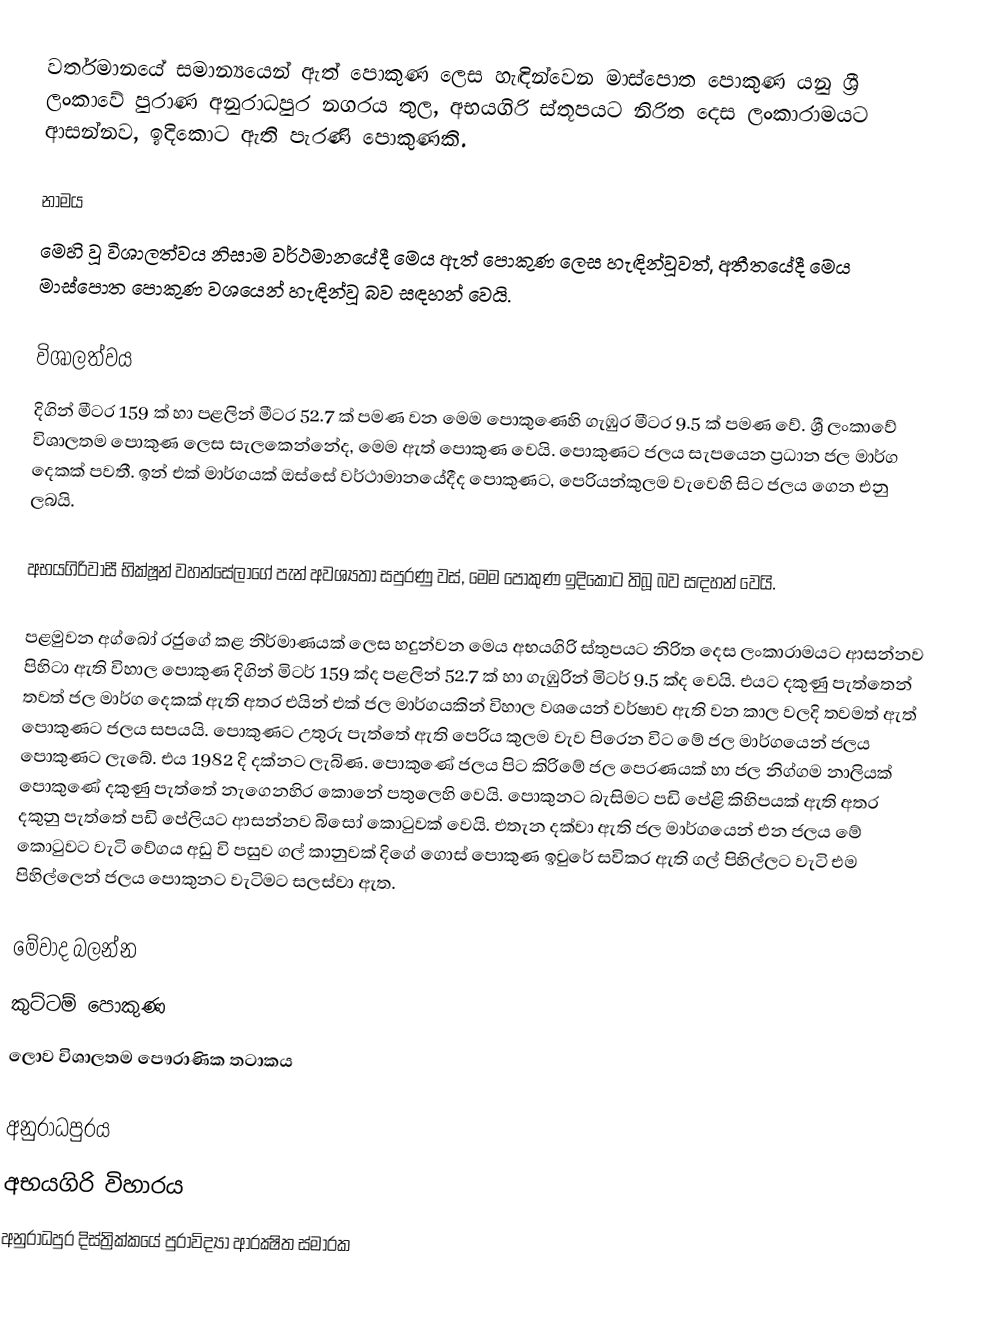
වර්තමානයේ සමාන්‍යයෙන් ඇත් පොකුණ ලෙස හැඳින්වෙන මාස්පොත පොකුණ යනු ශ්‍රී ලංකාවේ පුරාණ අනුරාධපුර නගරය තුල, අභයගිරි ස්තූපයට නිරිත දෙස ලංකා‍රාමයට ආසන්නව, ඉදිකොට ඇති පැරණි පොකුණකි.

නාමය
මෙහි වූ විශාලත්වය නිසාම වර්ථමානයේදී මෙය ඇත් පොකුණ ලෙස හැඳින්වූවත්, අතීතයේදී මෙය මාස්පොත පොකුණ වශයෙන් හැඳින්වූ බව සඳහන් වෙයි.

විශාලත්වය
දිගින් මීටර 159 ක් හා පළලින් මීටර 52.7 ක් පමණ වන මෙම පොකුණෙහි ගැඹුර මීටර 9.5 ක් පමණ වේ. ශ්‍රී ලංකාවේ විශාලතම පොකුණ ලෙස සැලකෙන්නේද, මෙම ඇත් පොකුණ වෙයි. පොකුණට ජලය සැපයෙන ප්‍රධාන ජල මාර්ග දෙකක් පවතී. ඉන් එක් මාර්ගයක් ඔස්සේ වර්ථාමානයේදීද පොකුණට, පෙරියන්කුලම වැවෙහි සිට ජලය ගෙන එනු ලබයි.

අභයගිරිවාසී භික්ෂූන් වහන්සේලාගේ පැන් අවශ්‍යතා සපුරණු වස්, මෙම පොකුණ ඉදිකොට තිබූ බව සඳහන් වෙයි.

පළමුවන අග්බෝ රජුගේ කළ නිර්මාණයක් ලෙස හදුන්වන මෙය අභයගිරි ස්තුපයට නිරිත දෙස ලංකාරාමයට ආසන්නව පිහිටා ඇති විහාල පොකුණ දිගින් මිටර් 159 ක්ද පළලින් 52.7 ක් හා ගැඹුරින් මිටර් 9.5 ක්ද වෙයි. එයට දකුණු පැත්තෙන් තවත් ජල මාර්ග දෙකක් ඇති අතර එයින් එක් ජල මාර්ගයකින් විහාල වශයෙන් වර්ෂාව ඇති වන කාල වලදි තවමත් ඇත් පොකුණට ජලය සපයයි. පොකුණට උතුරු පැත්තේ ඇති පෙරිය කුලම වැව පිරෙන විට මේ ජල මාර්ගයෙන් ජලය පොකුණට ලැබේ. එය 1982 දි දක්නට ලැබිණ. පොකුණේ ජලය පිට කිරිමේ ජල පෙරණයක් හා ජල නිග්ගම නාලියක් පොකුණේ දකුණු පැත්තේ නැගෙනහිර කොනේ පතුලෙහි වෙයි. පොකුනට බැසිමට පඩි පේළි කිහිපයක් ඇති අතර දකුනු පැත්තේ පඩි පේලියට ආසන්නව බිසෝ කොටුවක් වෙයි. එතැන දක්වා ඇති ජල මාර්ගයෙන් එන ජලය මේ කොටුවට වැටි වේගය අඩු වි පසුව ගල් කානුවක් දිගේ ගොස් පොකුණ ඉවුරේ සවිකර ඇති ගල් පිහිල්ලට වැටි එම පිහිල්ලෙන් ජලය පොකුනට වැටිමට සලස්වා ඇත.

මේවාද බලන්න
 කුට්ටම් පොකුණ
 ලොව විශාලතම පෞරාණික තටාකය

අනුරාධපුරය
අභයගිරි විහාරය
අනුරාධපුර දිස්ත්‍රික්කයේ පුරාවිද්‍යා ආරක්‍ෂිත ස්මාරක‎